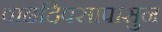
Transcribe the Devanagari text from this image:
वाढदिवसापासुन